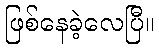
ဖြစ်နေခဲ့လေပြီ။